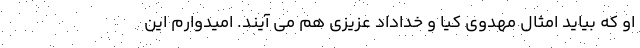
او که بیاید امثال مهدوی کیا و خداداد عزیزی هم می آیند. امیدوارم این